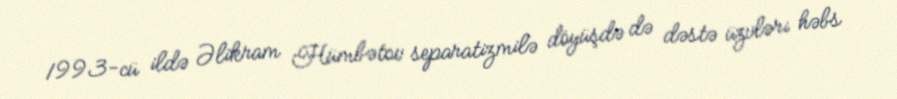
1993-cü ildə Əlikram Hümbətov separatizmilə döyüşdə də dəstə üzvləri həbs